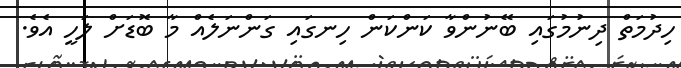
ހިދުމަތް ދިނުމުގައި ބޭނުންވާ ކަންކަން ހިނގައި ގަންނަލެއް މާ ބޮޑަށް ލަހީ އެވެ.